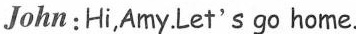
John: Hi, Amy. Let's go home.